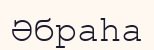
Әбраһа